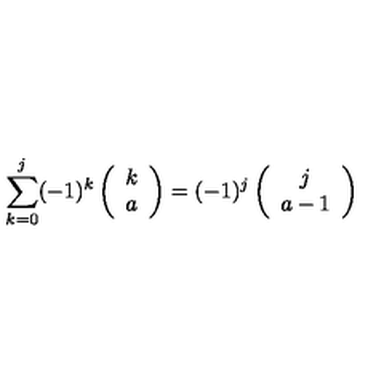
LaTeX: \sum _ { k = 0 } ^ { j } ( - 1 ) ^ { k } \left( \begin{array} { c } { k } \\ { a } \\ \end{array} \right) = ( - 1 ) ^ { j } \left( \begin{array} { c } { j } \\ { a - 1 } \\ \end{array} \right)